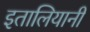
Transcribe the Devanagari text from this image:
इतालियानी